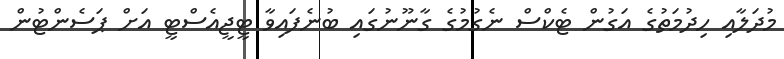
މުދަލާއި ހިދުމަތުގެ އަގުން ޓެކްސް ނެގުމުގެ ގާނޫނުގައި ބުނެފައިވާ ޓީޖީއެސްޓީ އަށް ޕަސެންޓުން